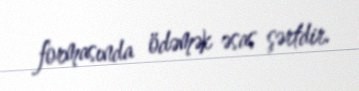
formasında ödəmək əsas şərtdir.